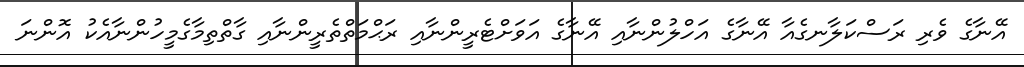
އޭނާގެ ވެރި ރަސްކަލާނގެއާ އޭނާގެ އަހްލުންނާއި އޭނާގެ އަވަށްޓެރީންނާއި ރަޙްމަތްތެރީންނާއި ގާތްތިމާގެމީހުންނާއެކު އޮންނަ